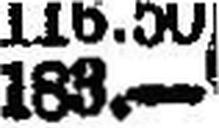
188.—